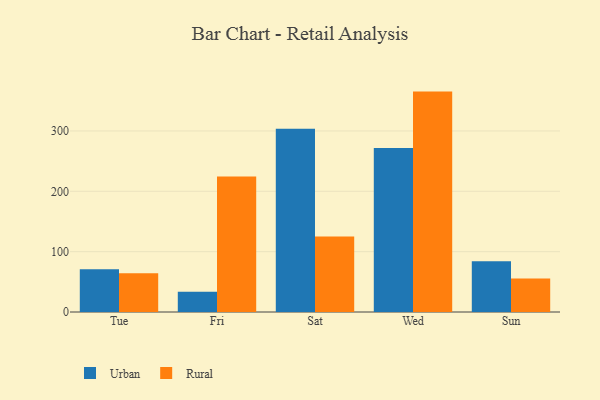
{"axis": {"x": "Day", "y": "Churn Rate (%)"}, "legend": ["Rural", "Urban"], "data": [{"x": "Tue", "y": 70.8, "type": "Urban"}, {"x": "Tue", "y": 64.4, "type": "Rural"}, {"x": "Fri", "y": 33.4, "type": "Urban"}, {"x": "Fri", "y": 224.7, "type": "Rural"}, {"x": "Sat", "y": 303.7, "type": "Urban"}, {"x": "Sat", "y": 125.3, "type": "Rural"}, {"x": "Wed", "y": 271.9, "type": "Urban"}, {"x": "Wed", "y": 365.2, "type": "Rural"}, {"x": "Sun", "y": 84.0, "type": "Urban"}, {"x": "Sun", "y": 55.7, "type": "Rural"}]}